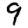
Digit: 9